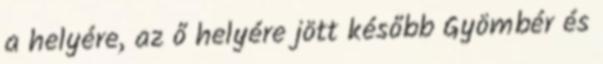
a helyére, az ő helyére jött később Gyömbér és